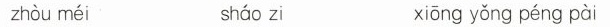
zhòu méi sháo zi xiōng yǒng péng pài